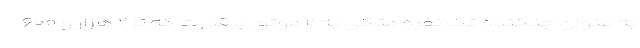
به عنوان جنگنده تک نفره متکی به ۲ موتور پرقدرت که تا ۲ هزار و ۶۰۰